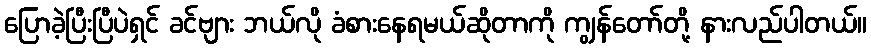
ပြောခဲ့ပြီးပြီပဲရှင် ခင်ဗျား ဘယ်လို ခံစားနေရမယ်ဆိုတာကို ကျွန်တော်တို့ နားလည်ပါတယ်။